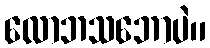
လောဘသဘောပဲ။